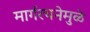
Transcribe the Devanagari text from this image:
मार्गरचनेमुळे